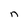
Character: n